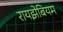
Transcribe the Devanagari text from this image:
रायझेबियम